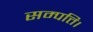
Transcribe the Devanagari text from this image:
सम्पत्ति।